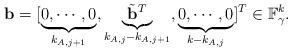
LaTeX: \begin{align*}\mathbf{b}=[\underbrace{0,\cdots,0}_{k_{A,j+1}},\underbrace{\tilde{\mathbf{\mathbf{b}}}^{T}}_{k_{A,j}-k_{A,j+1}},\underbrace{0,\cdots,0}_{k-k_{A,j}}]^{T}\in\mathbb{F}_{\gamma}^{k}.\end{align*}